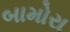
બામોરા